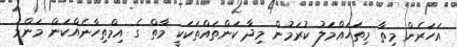
އަހަރެން މިތާ މިތަޙައްމަލު ކުރަމުން މިދާ ކަންތައްތަކަކީ މާތް ގެ އިމްތިހާނެއްކަން މަންމަ